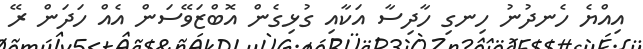
އިއްޔެ ހެނދުނު ހިނގި ހާދިސާ އަކާއި ގުޅިގެން އޮބްޒަވޭސަން އެއް ހަދަން ރޭ